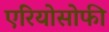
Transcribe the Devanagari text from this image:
एरियोसोफी